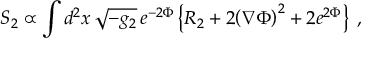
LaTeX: S _ { 2 } \propto \int d ^ { 2 } x \, \sqrt { - g _ { 2 } } \, e ^ { - 2 \Phi } \left\{ R _ { 2 } + 2 { \left( \nabla \Phi \right) } ^ { 2 } + 2 e ^ { 2 \Phi } \right\} \; ,